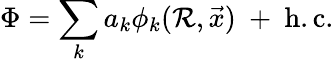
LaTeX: \Phi=\sum_{k}a_{k}\phi_{k}(\mathcal{R},\vec{{x}})\ +\ \mathrm{{h.c.}}